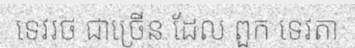
ទេវរថ ជាច្រើន ដែល ពួក ទេវតា